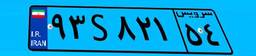
۹۳S۸۲۱۵۴